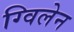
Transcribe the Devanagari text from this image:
ग्विलेन